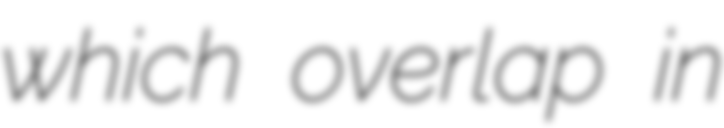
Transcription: which overlap in